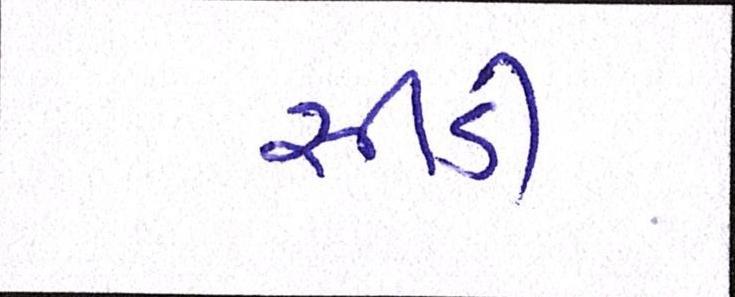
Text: સીડી